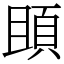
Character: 䪶